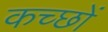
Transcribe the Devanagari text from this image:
कच्छों